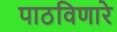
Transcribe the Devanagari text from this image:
पाठविणारे